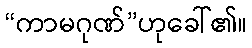
“ကာမဂုဏ်”ဟုခေါ်၏။